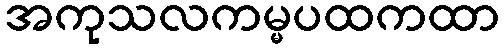
အကုသလကမ္မပထကထာ